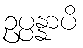
ဥပ္ပန္နာပိ